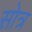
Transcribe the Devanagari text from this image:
सोत्र